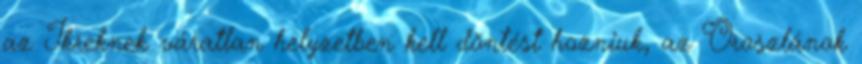
az Ikreknek váratlan helyzetben kell döntést hozniuk, az Oroszlánok